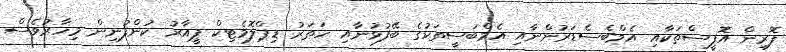
ފޮރިން އޮފީސްތަކާއި އެމްބެސެޑަރުންނާއި އެމްބަސީތަކުގެ ބޭފުޅުނާއި ހަތަރު ޑިޕްލޮމެޓިކް ޕީއާރު ކުންފުނިން މިހާރުވެސް